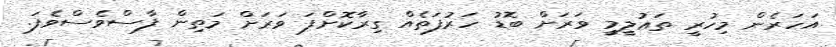
އަހަރެން މިހުރީ ތަޢުލީމީ ވަރަށް ބޮޑު ހަރުފަތެއް ގިރާކޮށްފަ ވަރަށް މަތިން ފާސްވެސްވެފަ.